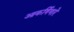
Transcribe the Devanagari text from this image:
आकर्षिणारे